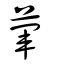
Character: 葷